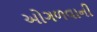
ઓગળવાની